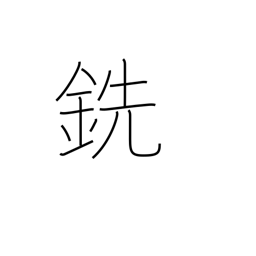
Meaning: pig iron